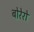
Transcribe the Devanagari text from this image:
बोरेरो